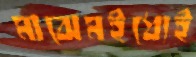
মাঝেমইধ্যেই